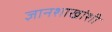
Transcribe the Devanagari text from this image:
ज्ञानशाखांशी